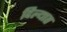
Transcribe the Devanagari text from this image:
दिल्यात